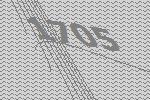
1705